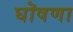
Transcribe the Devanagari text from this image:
घॊषणा